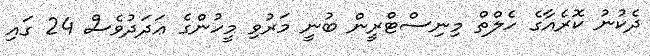
ދެކުނު ކޮރެއާގެ ހެލްތް މިނިސްޓްރީން ބުނީ މަރުވި މީހުންގެ ޢަދަދުވެސް 24 ގައި